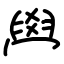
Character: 𦥯